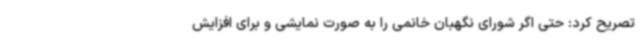
تصریح کرد: حتی اگر شورای نگهبان خانمی را به صورت نمایشی و برای افزایش